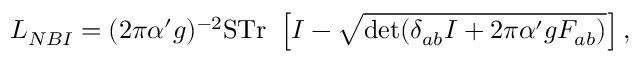
{ \cal L } _ { N B I } = ( 2 \pi \alpha ^ { \prime } g ) ^ { - 2 } \mathrm { S T r } ~ \left[ { \cal I } - \sqrt { \operatorname * { d e t } ( \delta _ { a b } { \cal I } + 2 \pi \alpha ^ { \prime } g F _ { a b } ) } \right] ,